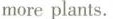
moreplants.